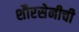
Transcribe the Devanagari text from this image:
शौरसेनीची